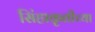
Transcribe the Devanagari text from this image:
सिंहाकृतीच्या